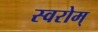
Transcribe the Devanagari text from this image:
स्वरोम्